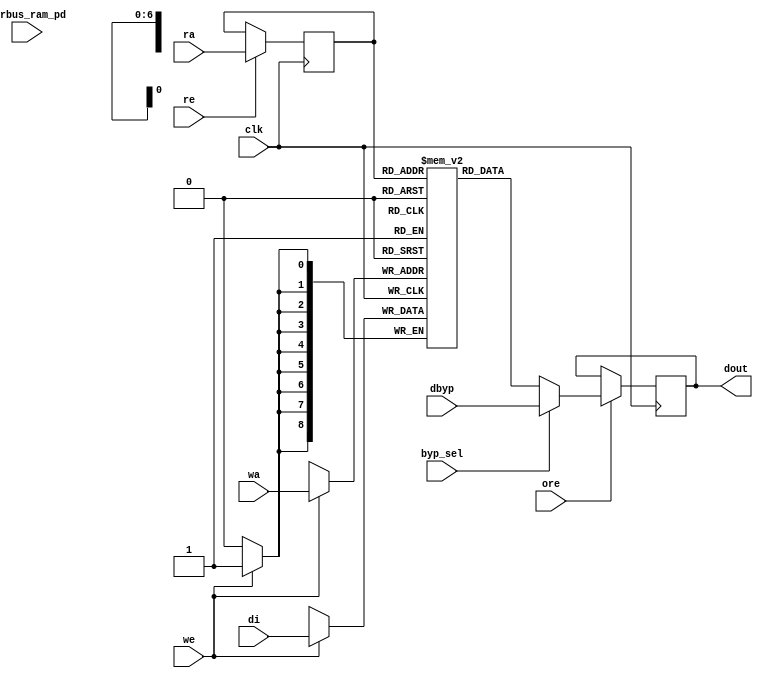
module nv_ram_rwsthp_80x9 (
  clk,
  ra,
  re,
  ore,
  dout,
  wa,
  we,
  di,
  byp_sel,
  dbyp,
  pwrbus_ram_pd
);
parameter FORCE_CONTENTION_ASSERTION_RESET_ACTIVE=1'b0;
// port list
input clk;
input [6:0] ra;
input re;
input ore;
output [8:0] dout;
input [6:0] wa;
input we;
input [8:0] di;
input byp_sel;
input [8:0] dbyp;
input [31:0] pwrbus_ram_pd;
//reg and wire list
reg [6:0] ra_d;
wire [8:0] dout;
reg [8:0] M [79:0];
always @( posedge clk ) begin
    if (we)
       M[wa] <= di;
end
always @( posedge clk ) begin
    if (re)
       ra_d <= ra;
end
wire [8:0] dout_ram = M[ra_d];
wire [8:0] fbypass_dout_ram = (byp_sel ? dbyp : dout_ram);
reg [8:0] dout_r;
always @( posedge clk ) begin
   if (ore)
       dout_r <= fbypass_dout_ram;
end
assign dout = dout_r;
endmodule